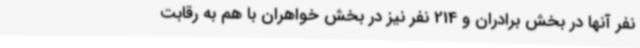
نفر آنها در بخش برادران و 214 نفر نیز در بخش خواهران با هم به رقابت